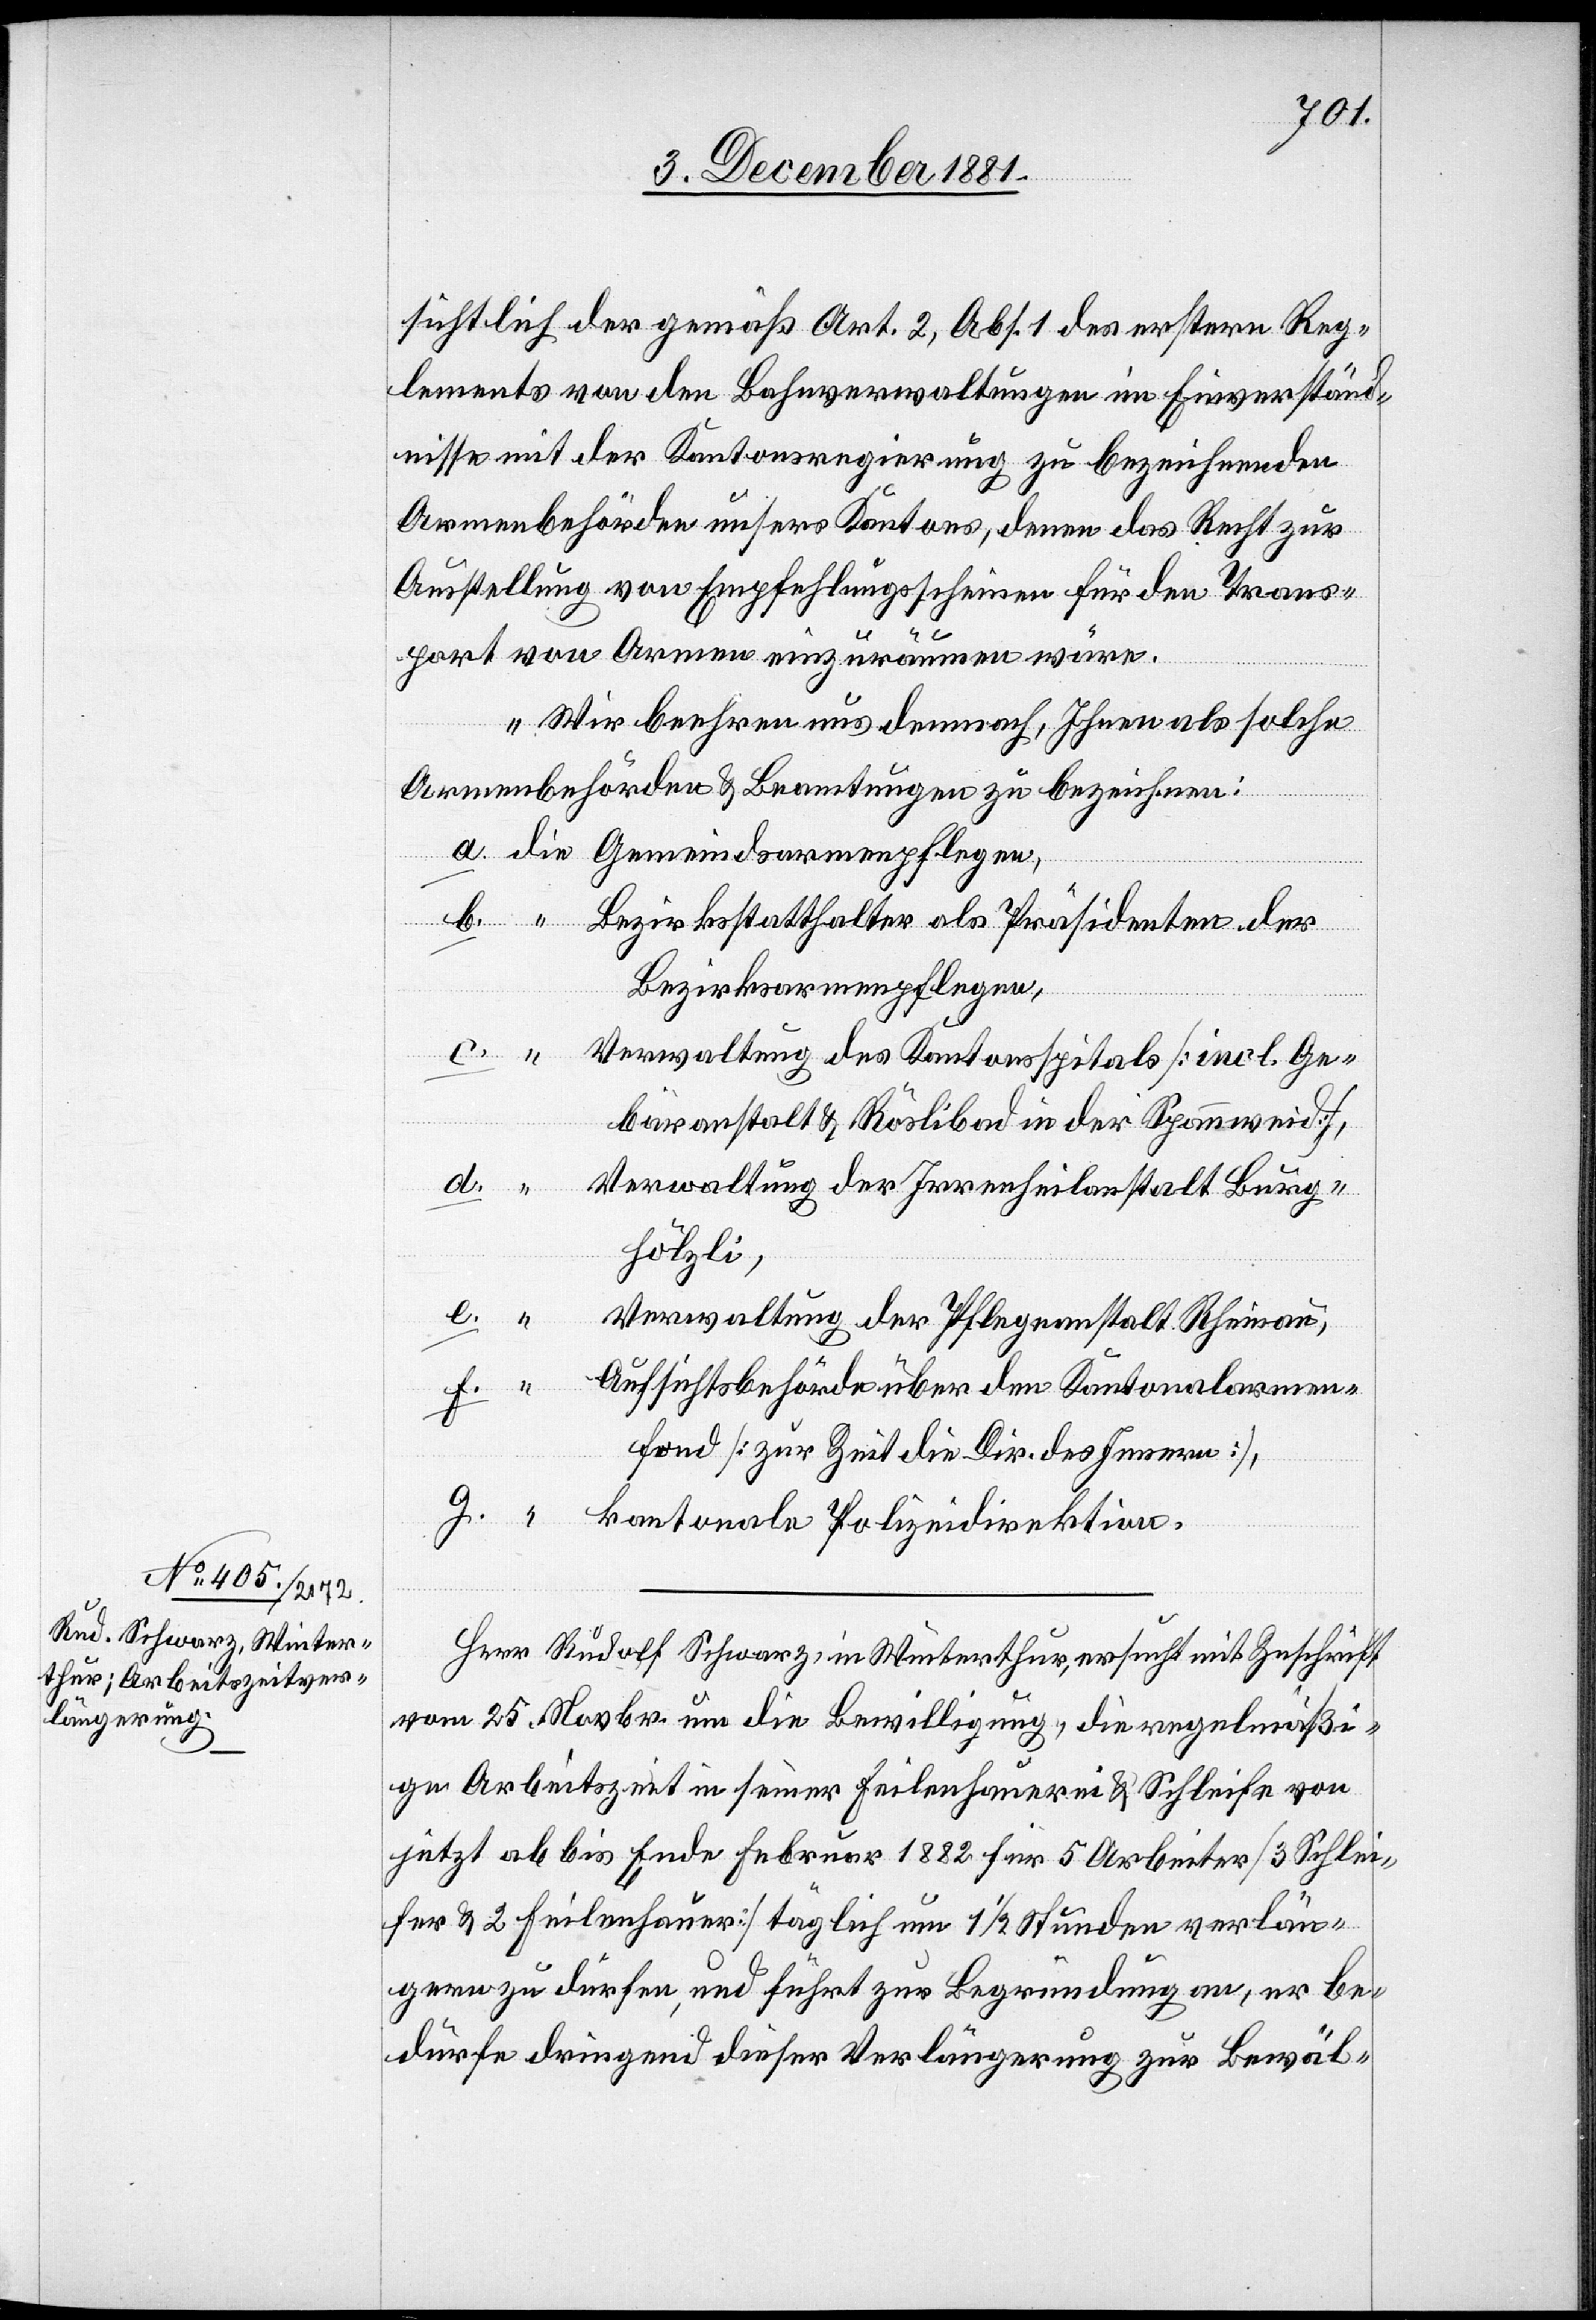
sichtlich der gemäß Art. 2, Abs. 1 des erstern Reg¬
lements von den Bahnverwaltungen im Einverständ¬
nisse mit der Kantonsregierung zu bezeichnenden
Armenbehörden unsers Kantons, denen das Recht zur
Ausstellung von Empfehlungsscheinen für den Trans¬
port von Armen einzuräumen wäre.
Wir beehren uns demnach, Ihnen als solche
Armenbehörden & Beamtungen zu bezeichnen:
Bezirksstatthalter als Präsidenten der
“
Bezirksarmenpflegen,
Verwaltung des Kantonsspitals [incl. Ge¬
bäranstalt & Röslibad in der Spannweid],
Verwaltung der Irrenheilanstalt Burg¬
hölzli,
Verwaltung der Pflegeanstalt Rheinau,
Aufsichtsbehörde über den Kantonalarmen¬
fond [zur Zeit die Dir. des Innern],
kantonale Polizeidirektion.“
Herr Rudolf Schwarz, in Winterthur, ersucht mit Zuschrift
vom 25. Novbr. um die Bewilligung, die regelmäßi¬
ge Arbeitszeit in seiner Feilenhauerei & Schleife von
jetzt ab bis Ende Februar 1882 für 5 Arbeiter [3 Schlei¬
fer & 2 Feilenhauer] täglich um 1 1/2 Stunden verlän¬
gern zu dürfen, und führt zur Begründung an, er be¬
dürfe dringend dieser Verlängerung zur Bewäl-